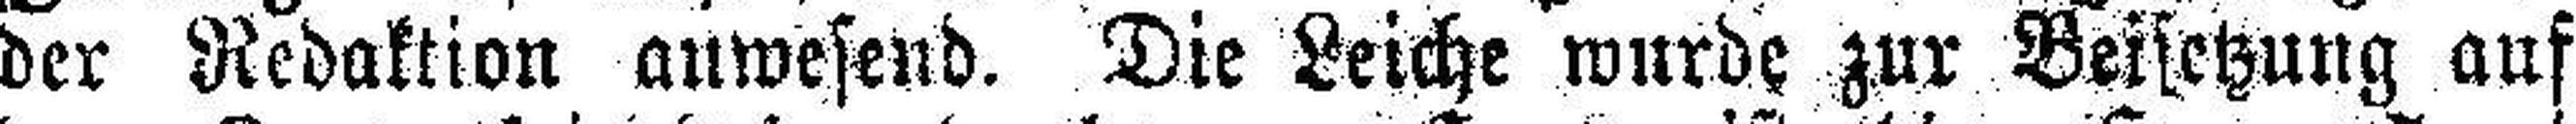
der Redaktion anwesend. Die Leiche wurde zur Beisetzung auf